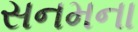
સનમના